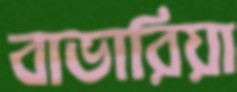
বাভারিয়া